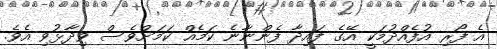
އެ ފޯރި އުފެއްދުމަކީ އޭގެ ފައިދާ ފެންނާނެ ކަމެއް ކަމަށްވެސް ވިދާޅުވި އެވެ.